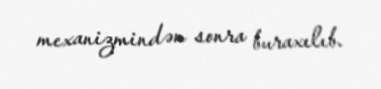
mexanizmindən sonra buraxılıb.